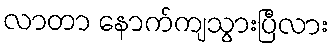
လာတာ နောက်ကျသွားပြီလား